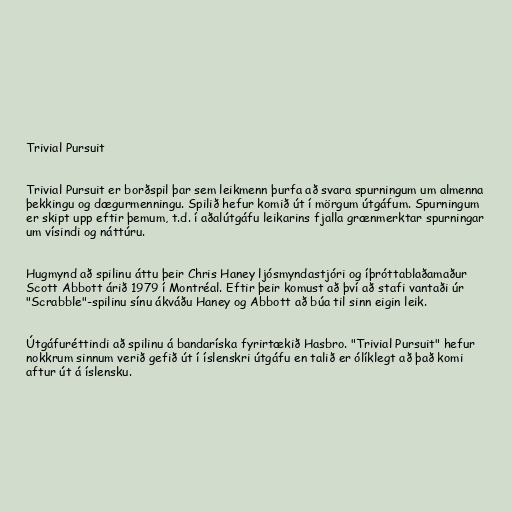
Trivial Pursuit

Trivial Pursuit er borðspil þar sem leikmenn þurfa að svara spurningum um almenna
þekkingu og dægurmenningu. Spilið hefur komið út í mörgum útgáfum. Spurningum
er skipt upp eftir þemum, t.d. í aðalútgáfu leikarins fjalla grænmerktar spurningar
um vísindi og náttúru.

Hugmynd að spilinu áttu þeir Chris Haney ljósmyndastjóri og íþróttablaðamaður
Scott Abbott árið 1979 í Montréal. Eftir þeir komust að því að stafi vantaði úr
"Scrabble"-spilinu sínu ákváðu Haney og Abbott að búa til sinn eigin leik.

Útgáfuréttindi að spilinu á bandaríska fyrirtækið Hasbro. "Trivial Pursuit" hefur
nokkrum sinnum verið gefið út í íslenskri útgáfu en talið er ólíklegt að það komi
aftur út á íslensku.